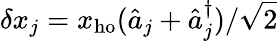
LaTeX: \delta x_{j}=x_{\mathrm{ho}}(\hat{a}_{j}+\hat{a}_{j}^{\dagger})/\sqrt{2}